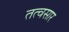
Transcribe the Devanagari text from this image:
तत्वसार